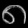
Digit: ၈